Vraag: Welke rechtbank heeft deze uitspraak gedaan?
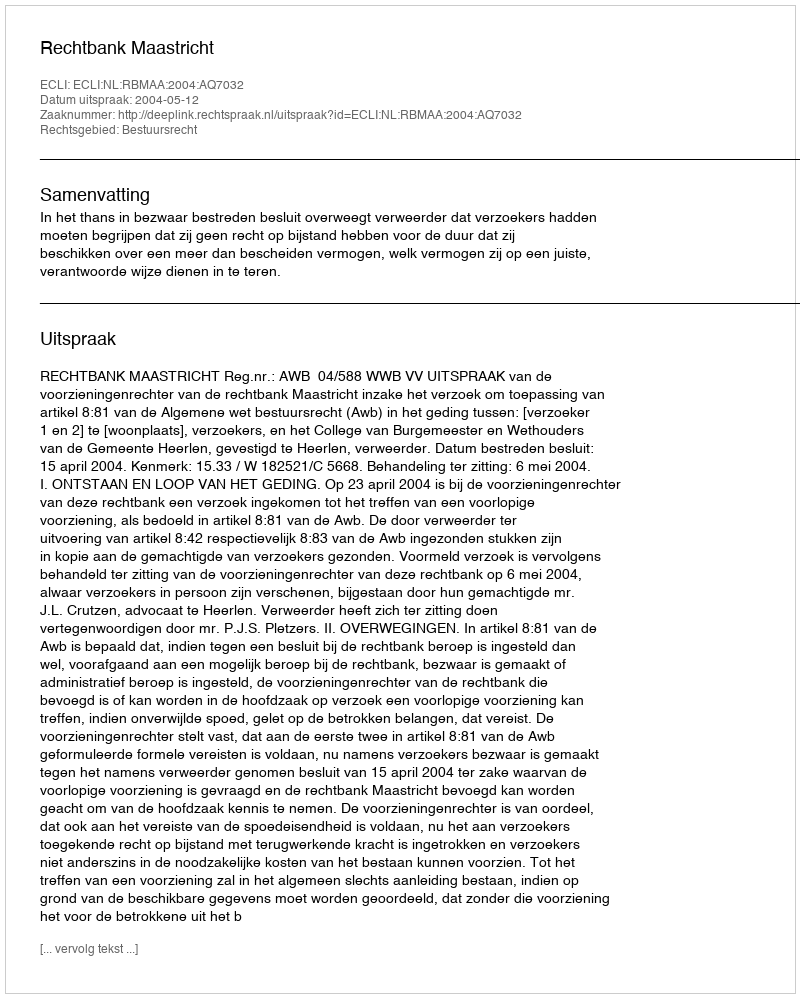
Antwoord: Rechtbank Maastricht